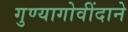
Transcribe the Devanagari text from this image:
गुण्यागोवींदाने